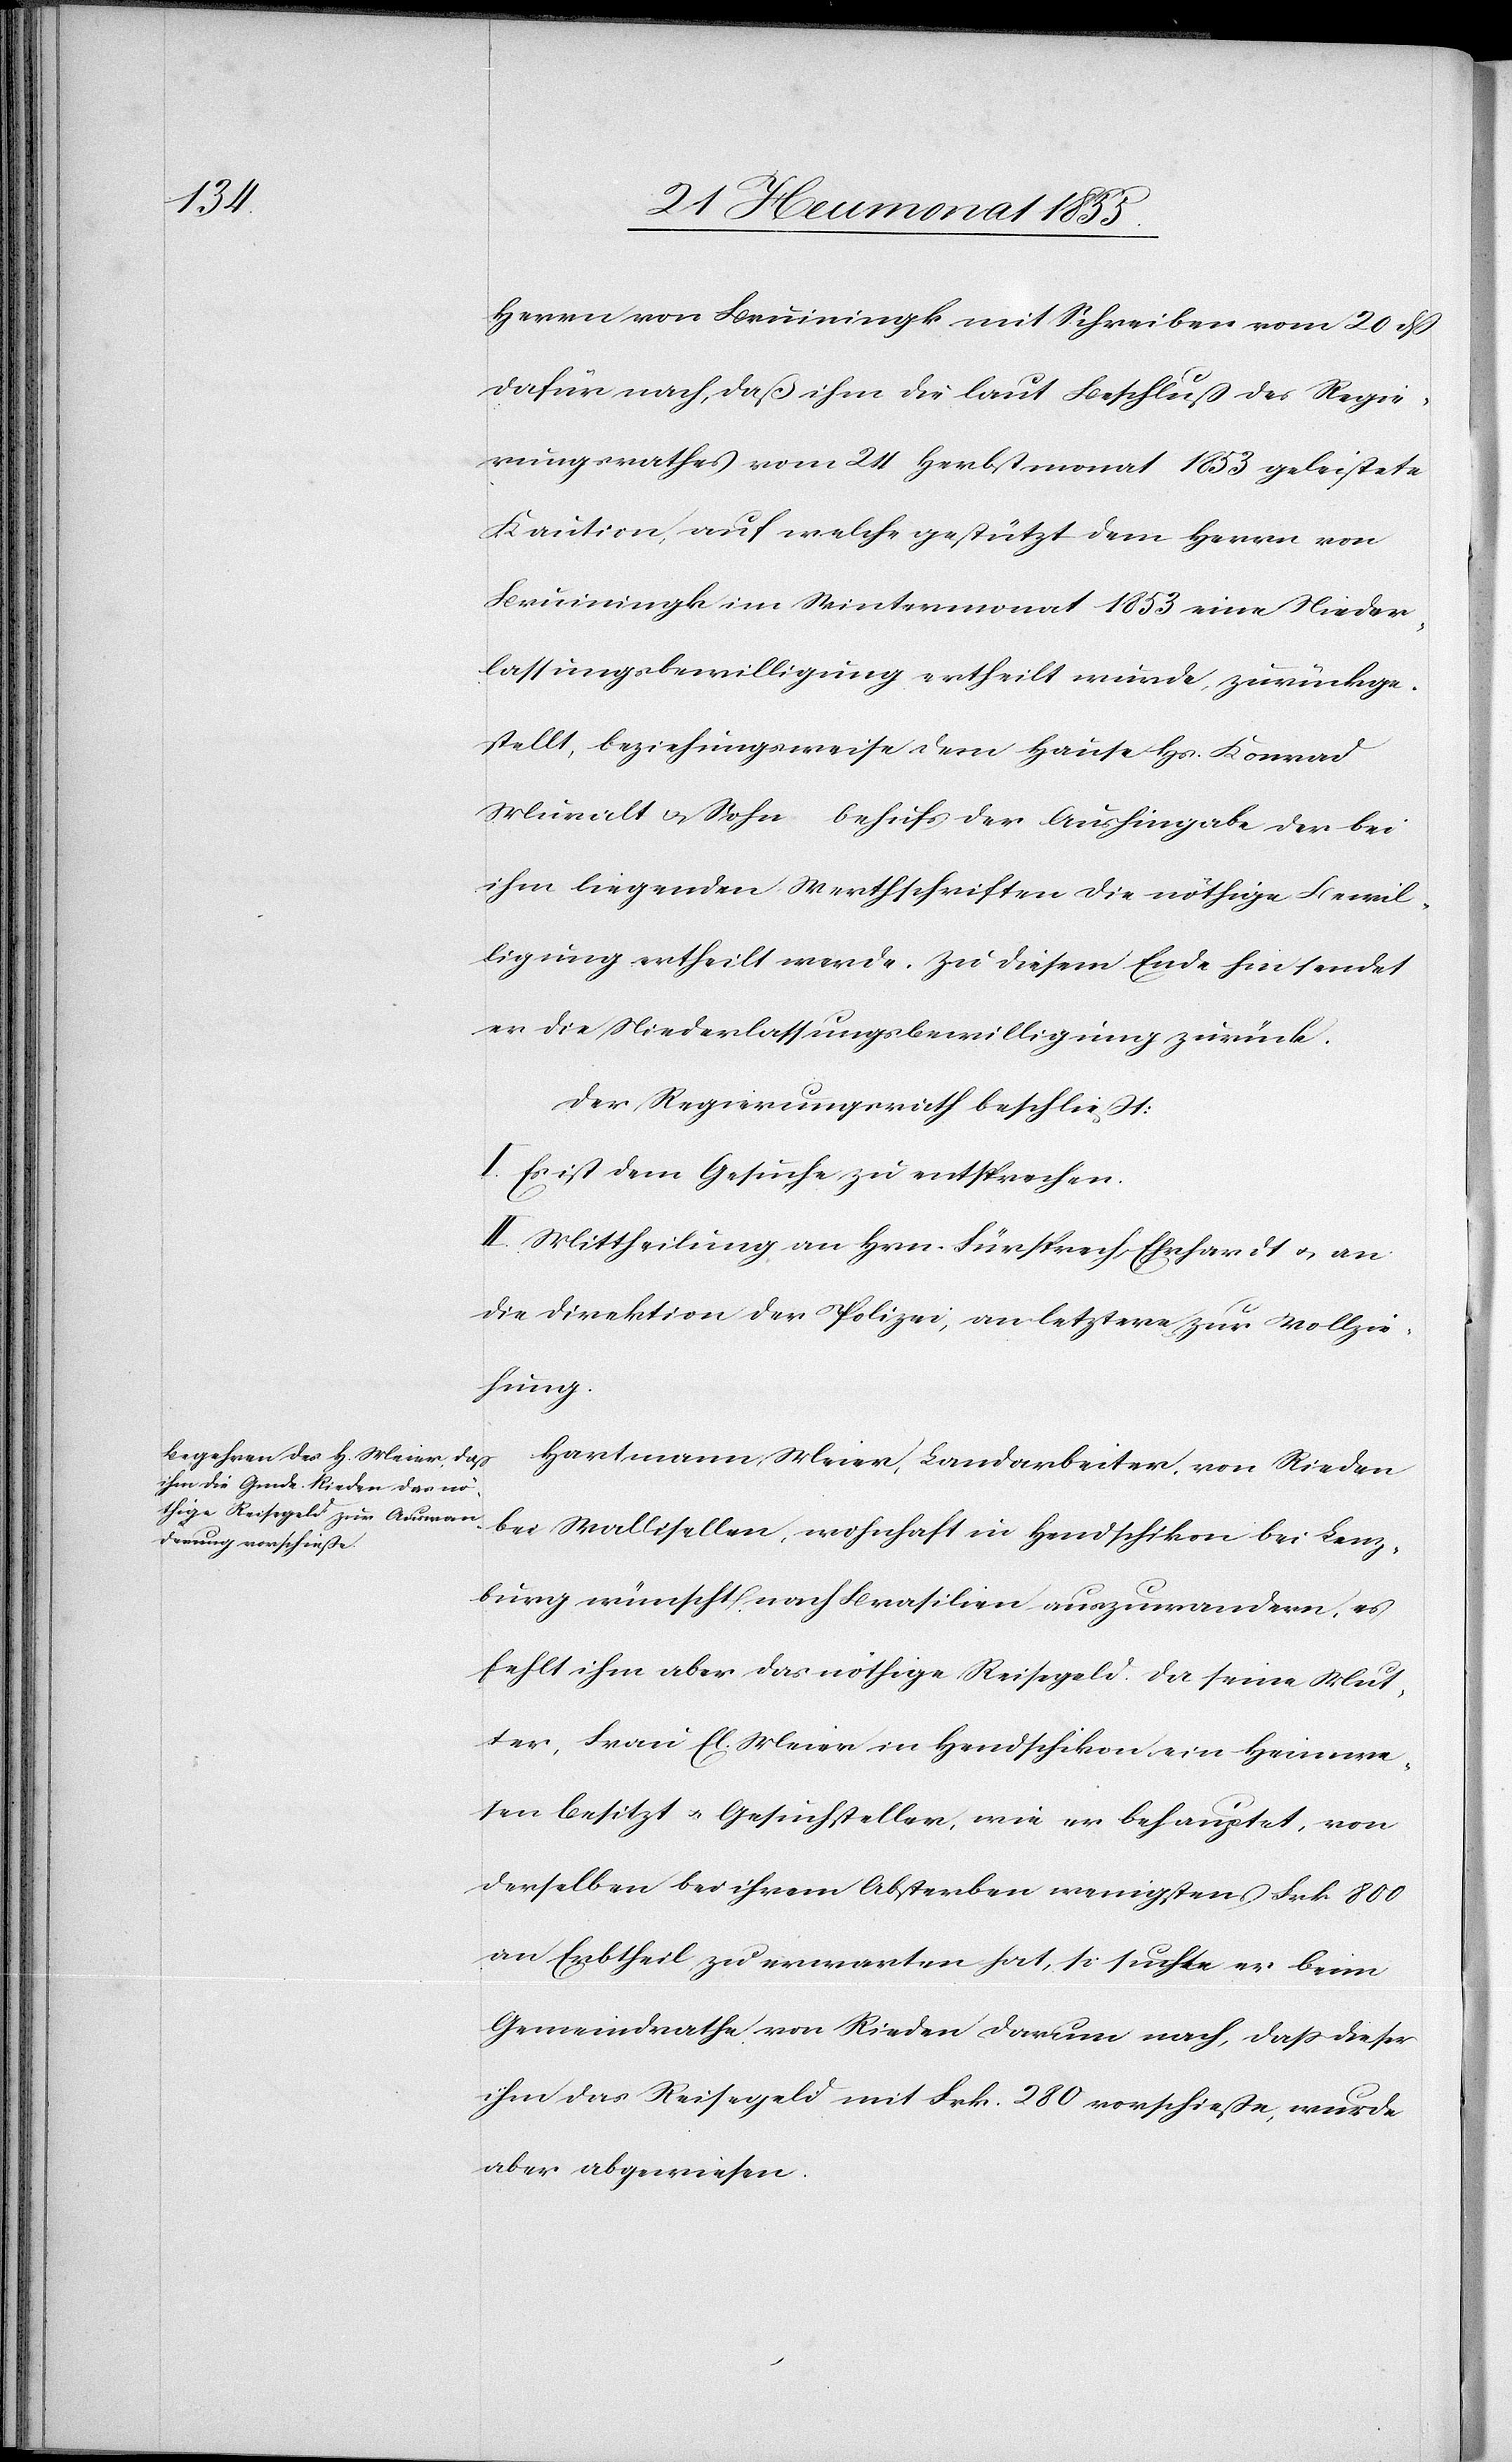
Herrn von Bruiningk mit Schreiben vom 20 dß
dafür nach, daß ihm die laut Beschluß des Regie¬
rungsrathes vom 24 Herbstmonat 1853 geleistete
Kaution, auf welche gestützt dem Herrn von
Bruiningk im Wintermonat 1853 eine Nieder¬
lassungsbewilligung ertheilt wurde, zurückge¬
stellt, beziehungsweise dem Hause Hs. Konrad
Muralt & Sohn behufs der Aushingabe der bei
ihm liegenden Werthschriften die nöthige Bewil¬
ligung ertheilt werde. Zu diesem Ende hin sendet
er die Niederlassungsbewilligung zurück.
Der Regierungsrath beschließt:
I. Es ist dem Gesuche zu entsprechen.
II. Mittheilung an Hrn. Fürsprech Ehrhardt & an
die Direktion der Polizei, an letztere zur Vollzie¬
hung.
Hartmann Meier, Landarbeiter, von Rieden
bei Wallisellen, wohnhaft in Hendschikon bei Lenz¬
burg wünscht nach Brasilien auszuwandern, es
fehlt ihm aber das nöthige Reisegeld. Da seine Mut¬
ter, Frau El. Meier in Hendschikon ein Heimwe¬
sen besitzt & Gesuchsteller, wie er behauptet, von
derselben bei ihrem Absterben wenigstens Frk. 800
an Erbtheil zu erwarten hat, so suchte er beim
Gemeindrathe von Rieden darum nach, dass dieser
ihm das Reisegeld mit Frk. 280 vorschieße, wurde
aber abgewiesen.